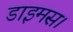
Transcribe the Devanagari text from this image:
डाइमस।